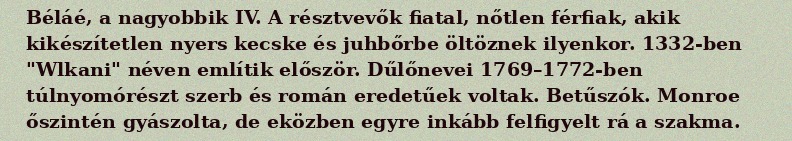
Béláé, a nagyobbik IV. A résztvevők fiatal, nőtlen férfiak, akik kikészítetlen nyers kecske és juhbőrbe öltöznek ilyenkor. 1332-ben "Wlkani" néven említik először. Dűlőnevei 1769–1772-ben túlnyomórészt szerb és román eredetűek voltak. Betűszók. Monroe őszintén gyászolta, de eközben egyre inkább felfigyelt rá a szakma.